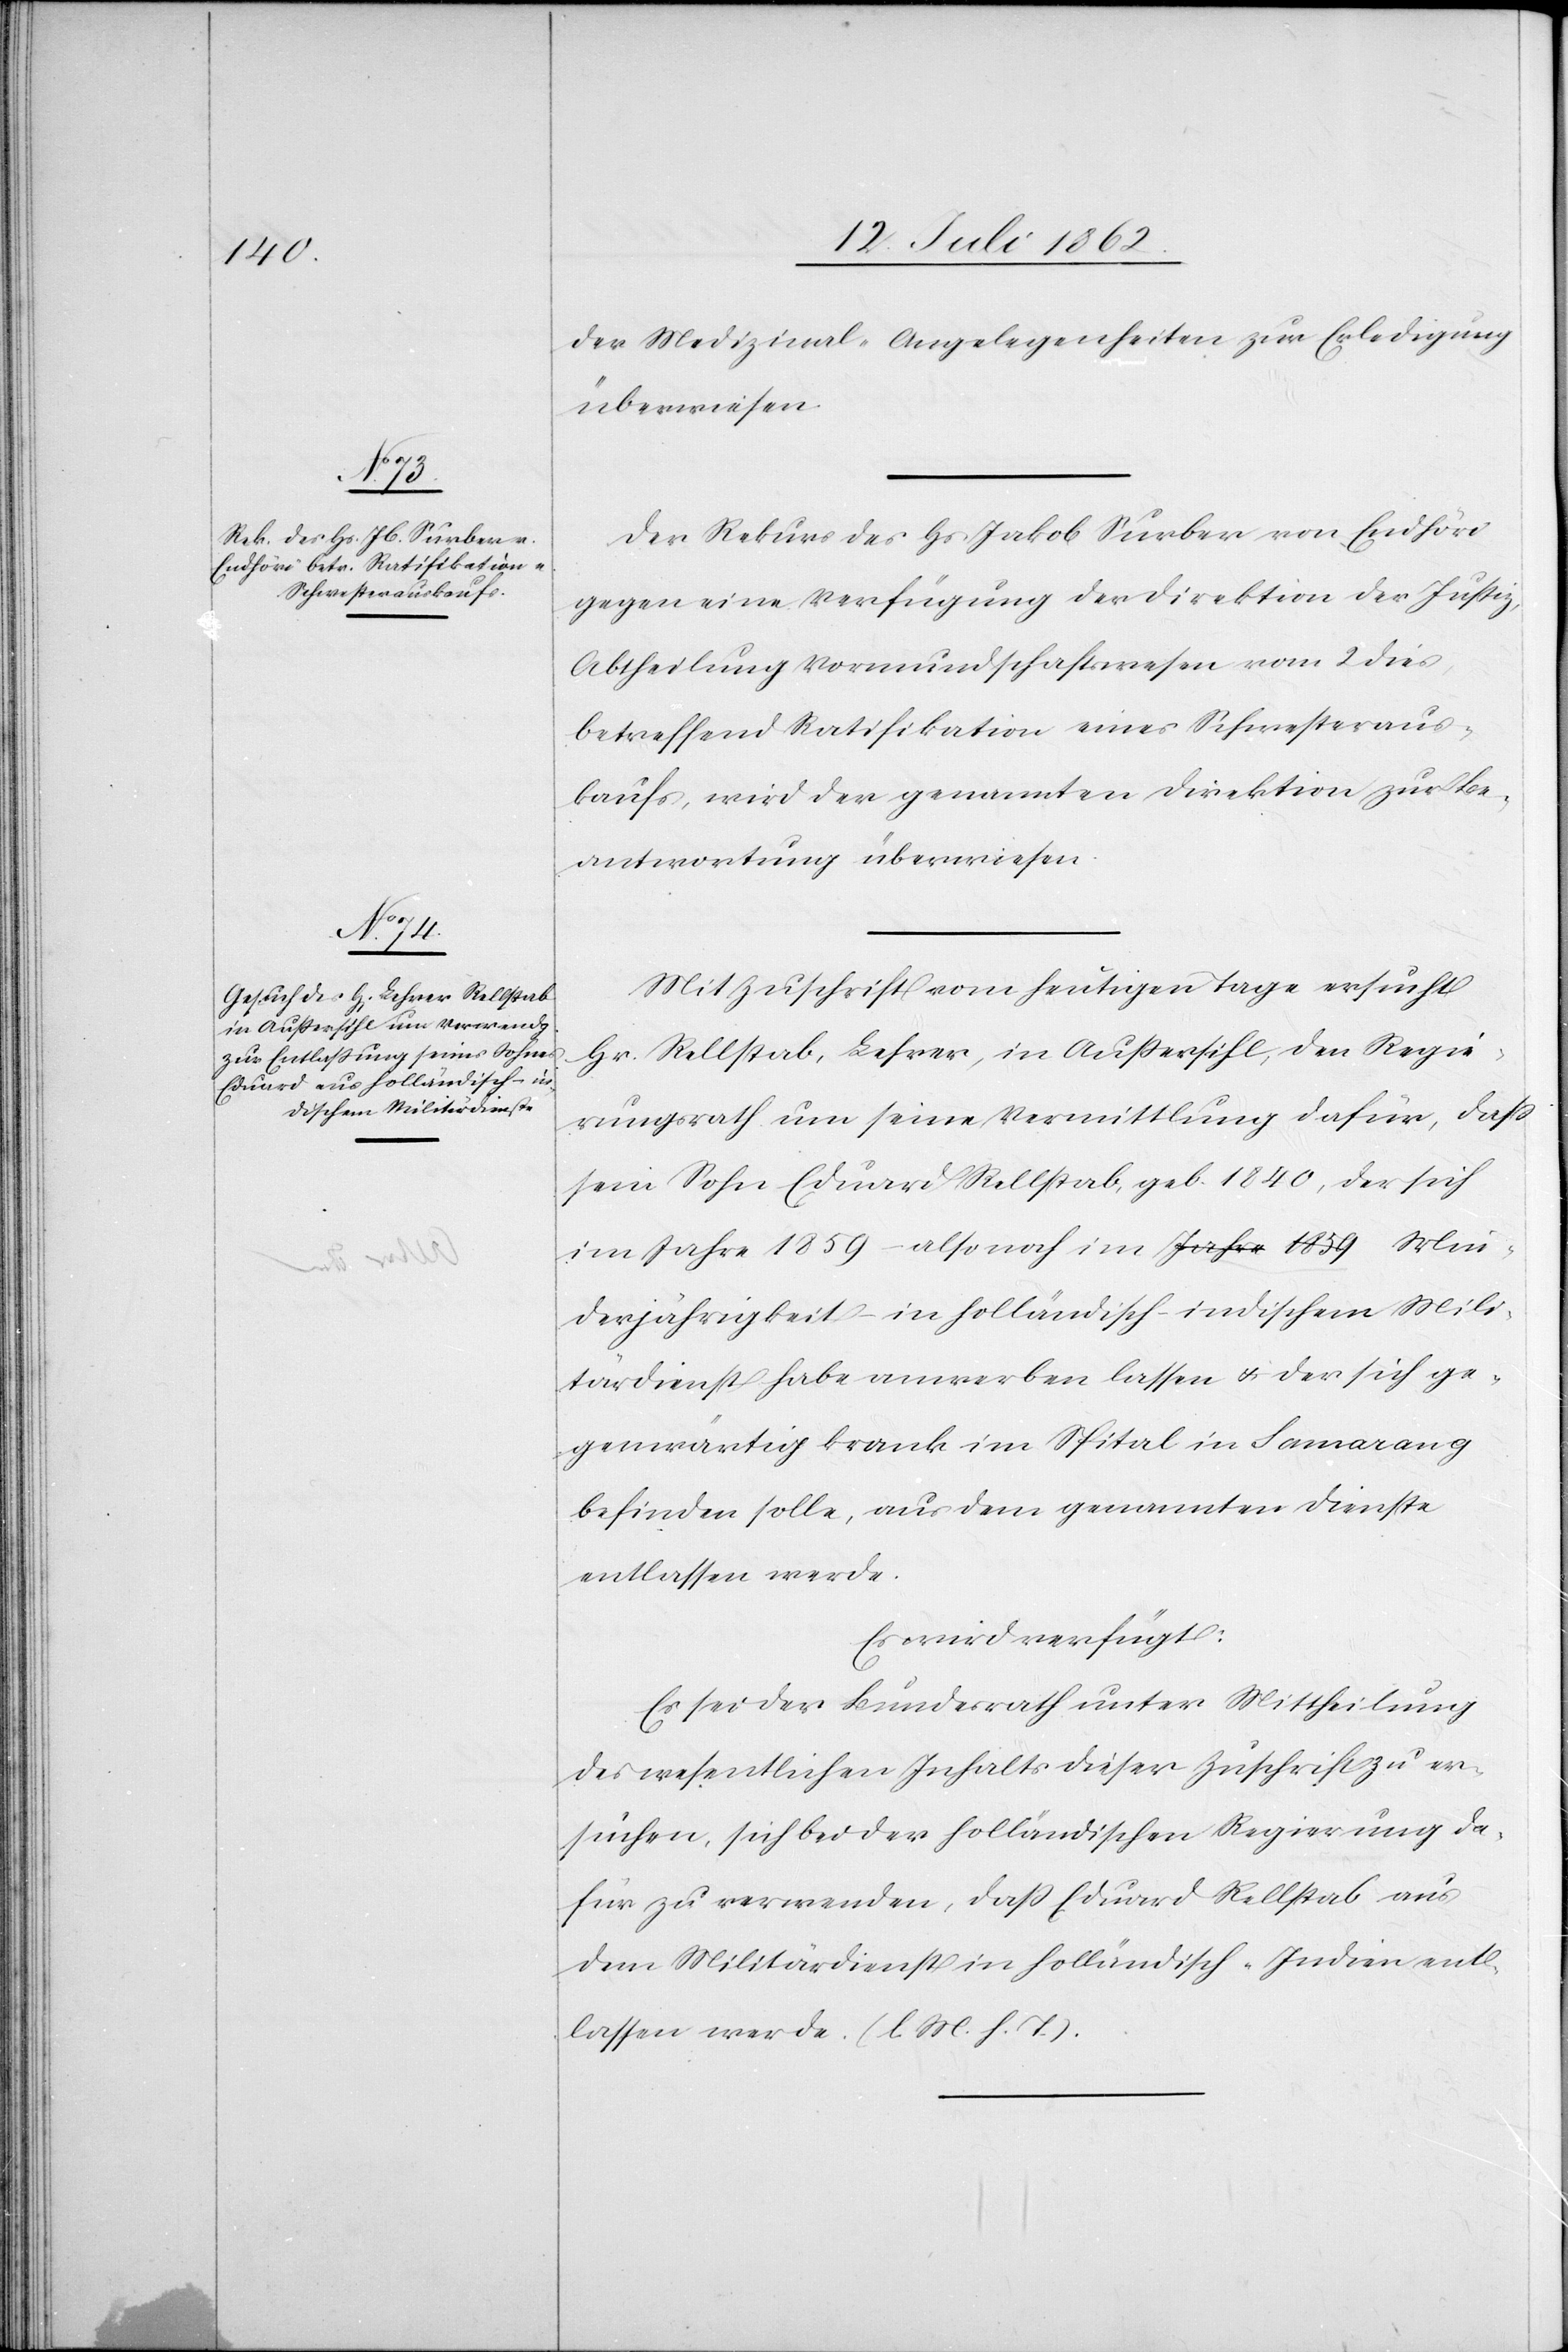
der Medizinal-Angelegenheiten zur Erledigung
überwiesen.
Der Rekurs des Hs. Jakob Surber von Endhöri
gegen eine Verfügung der Direktion der Justiz,
Abtheilung Vormundschaftswesen vom 2. dies,
betreffend Ratifikation eines Schwesteraus¬
kaufs, wird der genannten Direktion zur Be¬
antwortung überwiesen.
Mit Zuschrift vom heutigen Tage ersucht
Hr. Rellstab, Lehrer, in Außersihl, den Regie¬
rungsrath um seine Vermittlung dafür, daß
sein Sohn Eduard Rellstab, geb. 1840, der sich
im Jahre 1859 – also noch im Jahr 1859 Min¬
derjährigkeit – in holländisch-indischem Mili¬
tärdienst habe anwerben lassen u. der sich ge¬
genwärtig krank im Spital in Samarang
befinden solle, aus dem genannten Dienste
entlassen werde.
Es wird verfügt:
Es sei der Bundesrath unter Mittheilung
des wesentlichen Inhalts dieser Zuschrift zu er¬
suchen, sich bei der holländischen Regierung da¬
für zu verwenden, daß Eduard Rellstab aus
dem Militärdienst in holländisch-Indien ent¬
lassen werde. (l. M. h. T.).